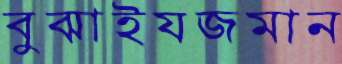
বুঝাইযজমান